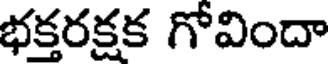
భక్తరక్షక గోవిందా